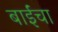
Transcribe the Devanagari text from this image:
बाईंचा